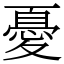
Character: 憂